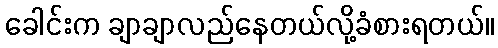
ခေါင်းက ချာချာလည်နေတယ်လို့ခံစားရတယ်။